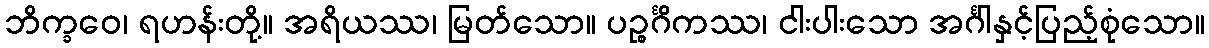
ဘိက္ခဝေ၊ ရဟန်းတို့။ အရိယဿ၊ မြတ်သော။ ပဉ္စင်္ဂိကဿ၊ ငါးပါးသော အင်္ဂါနှင့်ပြည့်စုံသော။